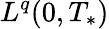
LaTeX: L^{q}(0,T_{*})